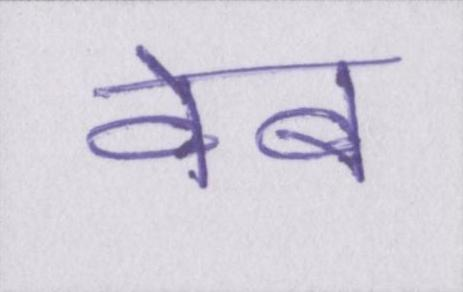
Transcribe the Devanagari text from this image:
वेब